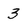
Character: 3